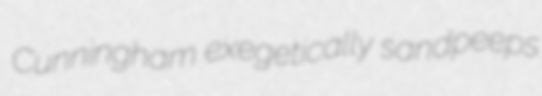
Cunningham exegetically sandpeeps